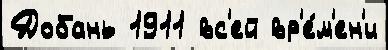
Добань 1911 вс'ей вр'е́м'ен'и